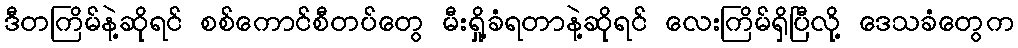
ဒီတကြိမ်နဲ့ဆိုရင် စစ်ကောင်စီတပ်တွေ မီးရှို့ခံရတာနဲ့ဆိုရင် လေးကြိမ်ရှိပြီလို့ ဒေသခံတွေက